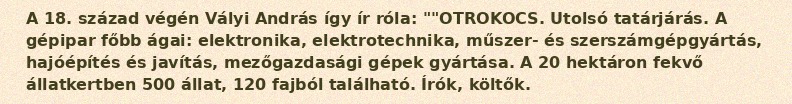
A 18. század végén Vályi András így ír róla: ""OTROKOCS. Utolsó tatárjárás. A gépipar főbb ágai: elektronika, elektrotechnika, műszer- és szerszámgépgyártás, hajóépítés és javítás, mezőgazdasági gépek gyártása. A 20 hektáron fekvő állatkertben 500 állat, 120 fajból található. Írók, költők.